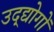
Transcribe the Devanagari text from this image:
उद्द्योगों